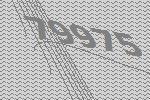
79975